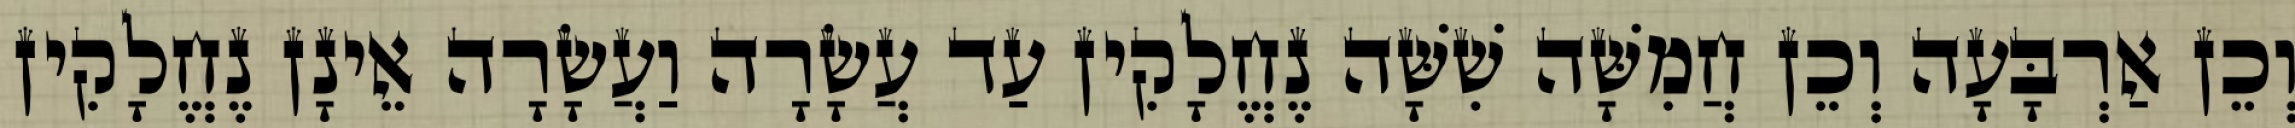
וְכֵן אַרְבָּעָה וְכֵן חֲמִשָּׁה שִׁשָּׁה נֶחֱלָקִין עַד עֲשָׂרָה וַעֲשָׂרָה אֵינָן נֶחֱלָקִין